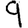
Digit: 9